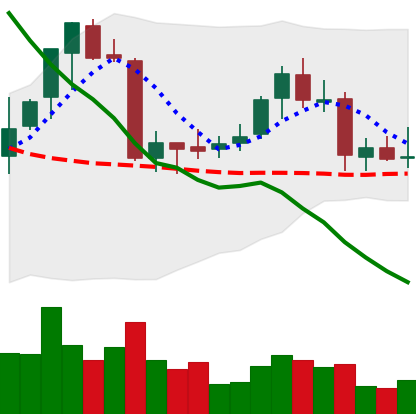
Ticker: ETC-USD
Chart end date: 2018-07-23
Forward return: 4.881%
Label: up_3_5